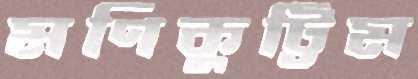
মণিকুট্টিম